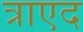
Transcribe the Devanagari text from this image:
त्राएद